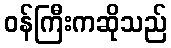
ဝန်ကြီးကဆိုသည်